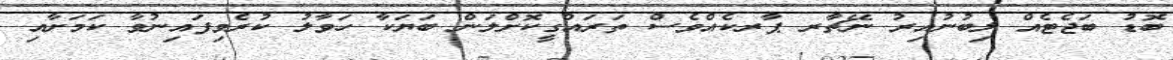
ބޮޑު ބަޖެޓެއް ލިބުނުއިރު ނޭޗާރ ޕާރކެއްވެސް ތަރައްގީކޮށްލަން ބަޔަކާ ހަވާލު ކުރެވިފައިނުވާ ކަމަށާއި